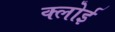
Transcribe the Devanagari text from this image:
क्लोई